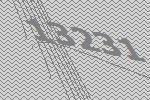
13231